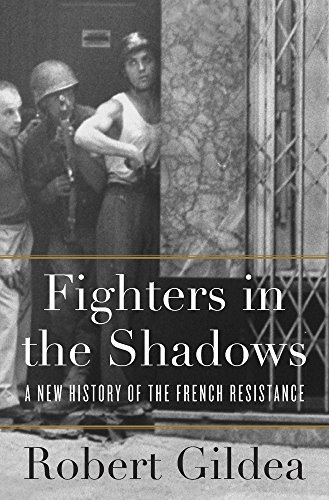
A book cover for Fighters in the Shadows: A New History of the French Resistance; Robert Gildea; History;